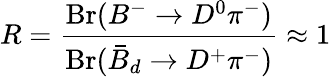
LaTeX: R=\frac{\mathrm{Br}(B^{-}\to D^{0}\pi^{-})}{\mathrm{Br}(\bar{B}_{d}\to D^{+}\pi^{-})}\approx 1